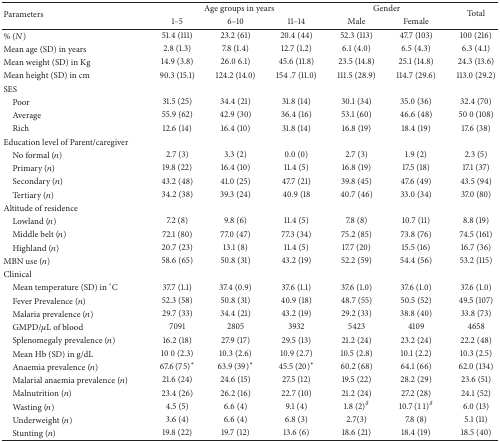
<table><thead><tr><td rowspan="2"><b>Parameters</b></td><td colspan="3"><b>Age groups in years</b></td><td colspan="2"><b>Gender</b></td><td rowspan="2"><b>Total</b></td></tr><tr><td><b>1–5</b></td><td><b>6–10</b></td><td><b>11–14</b></td><td><b>Male</b></td><td><b>Female</b></td></tr></thead><tbody><tr><td>% (<i>N</i>)</td><td>51.4 (111)</td><td>23.2 (61)</td><td>20.4 (44)</td><td>52.3 (113)</td><td>47.7 (103)</td><td>100 (216)</td></tr><tr><td>Mean age (SD) in years</td><td>2.8 (1.3)</td><td>7.8 (1.4)</td><td>12.7 (1.2)</td><td>6.1 (4.0)</td><td>6.5 (4.3)</td><td>6.3 (4.1)</td></tr><tr><td>Mean weight (SD) in Kg</td><td>14.9 (3.8)</td><td>26.0 6.1)</td><td>45.6 (11.8)</td><td>23.5 (14.8)</td><td>25.1 (14.8)</td><td>24.3 (13.6)</td></tr><tr><td>Mean height (SD) in cm</td><td>90.3 (15.1)</td><td>124.2 (14.0)</td><td>154 .7 (11.0)</td><td>111.5 (28.9)</td><td>114.7 (29.6)</td><td>113.0 (29.2)</td></tr><tr><td>SES</td><td> </td><td> </td><td> </td><td> </td><td> </td><td> </td></tr><tr><td> Poor</td><td>31.5 (25)</td><td>34.4 (21)</td><td>31.8 (14)</td><td>30.1 (34)</td><td>35.0 (36)</td><td>32.4 (70)</td></tr><tr><td> Average</td><td>55.9 (62)</td><td>42.9 (30)</td><td>36.4 (16)</td><td>53.1 (60)</td><td>46.6 (48)</td><td>50 0 (108)</td></tr><tr><td> Rich</td><td>12.6 (14)</td><td>16.4 (10)</td><td>31.8 (14)</td><td>16.8 (19)</td><td>18.4 (19)</td><td>17.6 (38)</td></tr><tr><td>Education level of Parent/caregiver</td><td> </td><td> </td><td> </td><td> </td><td> </td><td> </td></tr><tr><td> No formal (<i>n</i>)</td><td>2.7 (3)</td><td>3.3 (2)</td><td>0.0 (0)</td><td>2.7 (3)</td><td>1.9 (2)</td><td>2.3 (5)</td></tr><tr><td> Primary (<i>n</i>)</td><td>19.8 (22)</td><td>16.4 (10)</td><td>11.4 (5)</td><td>16.8 (19)</td><td>17.5 (18)</td><td>17.1 (37)</td></tr><tr><td> Secondary (<i>n</i>)</td><td>43.2 (48)</td><td>41.0 (25)</td><td>47.7 (21)</td><td>39.8 (45)</td><td>47.6 (49)</td><td>43.5 (94)</td></tr><tr><td> Tertiary (<i>n</i>)</td><td>34.2 (38)</td><td>39.3 (24)</td><td>40.9 (18</td><td>40.7 (46)</td><td>33.0 (34)</td><td>37.0 (80)</td></tr><tr><td>Altitude of residence</td><td> </td><td> </td><td> </td><td> </td><td> </td><td> </td></tr><tr><td> Lowland (<i>n</i>)</td><td>7.2 (8)</td><td>9.8 (6)</td><td>11.4 (5)</td><td>7.8 (8)</td><td>10.7 (11)</td><td>8.8 (19)</td></tr><tr><td> Middle belt (<i>n</i>)</td><td>72.1 (80)</td><td>77.0 (47)</td><td>77.3 (34)</td><td>75.2 (85)</td><td>73.8 (76)</td><td>74.5 (161)</td></tr><tr><td> Highland (<i>n</i>)</td><td>20.7 (23)</td><td>13.1 (8)</td><td>11.4 (5)</td><td>17.7 (20)</td><td>15.5 (16)</td><td>16.7 (36)</td></tr><tr><td>MBN use (<i>n</i>)</td><td>58.6 (65)</td><td>50.8 (31)</td><td>43.2 (19)</td><td>52.2 (59)</td><td>54.4 (56)</td><td>53.2 (115)</td></tr><tr><td>Clinical</td><td> </td><td> </td><td> </td><td> </td><td> </td><td> </td></tr><tr><td> Mean temperature (SD) in °C</td><td>37.7 (1.1)</td><td>37.4 (0.9)</td><td>37.6 (1.1)</td><td>37.6 (1.0)</td><td>37.6 (1.0)</td><td>37.6 (1.0)</td></tr><tr><td> Fever Prevalence (<i>n</i>)</td><td>52.3 (58)</td><td>50.8 (31)</td><td>40.9 (18)</td><td>48.7 (55)</td><td>50.5 (52)</td><td>49.5 (107)</td></tr><tr><td> Malaria prevalence (<i>n</i>)</td><td>29.7 (33)</td><td>34.4 (21)</td><td>43.2 (19)</td><td>29.2 (33)</td><td>38.8 (40)</td><td>33.8 (73)</td></tr><tr><td> GMPD/<i>μ</i>L of blood</td><td>7091</td><td>2805</td><td>3932</td><td>5423</td><td>4109</td><td>4658</td></tr><tr><td> Splenomegaly prevalence (<i>n</i>)</td><td>16.2 (18)</td><td>27.9 (17)</td><td>29.5 (13)</td><td>21.2 (24)</td><td>23.2 (24)</td><td>22.2 (48)</td></tr><tr><td> Mean Hb (SD) in g/dL</td><td>10 0 (2.3)</td><td>10.3 (2.6)</td><td>10.9 (2.7)</td><td>10.5 (2.8)</td><td>10.1 (2.2)</td><td>10.3 (2.5)</td></tr><tr><td> Anaemia prevalence (<i>n</i>)</td><td>67.6 (75)<sup><i>∗</i></sup></td><td>63.9 (39)<sup><i>∗</i></sup></td><td>45.5 (20)<sup><i>∗</i></sup></td><td>60.2 (68)</td><td>64.1 (66)</td><td>62.0 (134)</td></tr><tr><td> Malarial anaemia prevalence (<i>n</i>)</td><td>21.6 (24)</td><td>24.6 (15)</td><td>27.5 (12)</td><td>19.5 (22)</td><td>28.2 (29)</td><td>23.6 (51)</td></tr><tr><td> Malnutrition (<i>n</i>)</td><td>23.4 (26)</td><td>26.2 (16)</td><td>22.7 (10)</td><td>21.2 (24)</td><td>27.2 (28)</td><td>24.1 (52)</td></tr><tr><td> Wasting (<i>n</i>)</td><td>4.5 (5)</td><td>6.6 (4)</td><td>9.1 (4)</td><td>1.8 (2)<sup><i>δ</i></sup></td><td>10.7 (11)<sup><i>δ</i></sup></td><td>6.0 (13)</td></tr><tr><td> Underweight (<i>n</i>)</td><td>3.6 (4)</td><td>6.6 (4)</td><td>6.8 (3)</td><td>2.7(3)</td><td>7.8 (8)</td><td>5.1 (11)</td></tr><tr><td> Stunting (<i>n</i>)</td><td>19.8 (22)</td><td>19.7 (12)</td><td>13.6 (6)</td><td>18.6 (21)</td><td>18.4 (19)</td><td>18.5 (40)</td></tr></tbody></table>